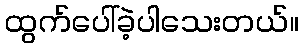
ထွက်ပေါ်ခဲ့ပါသေးတယ်။